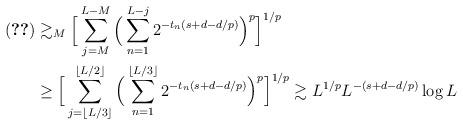
LaTeX: \begin{align*}(\ref{mainlower})&\gtrsim_M \Big[ \sum_{j=M}^{L-M}{\Big(\sum_{n=1}^{L-j}{2^{-{t_n}({s}+d-{d}/{p})}}\Big)^p} \Big]^{{1}/{p}}\\ &\geq \Big[ \sum_{j=\lfloor L/3\rfloor}^{\lfloor L/2\rfloor}{\Big(\sum_{n=1}^{\lfloor L/3\rfloor}{2^{-{t_n}({s}+d-{d}/{p})}}\Big)^p} \Big]^{{1}/{p}} \gtrsim L^{{1}/{p}}L^{-({s}+d-{d}/{p})}\log{L}\end{align*}